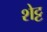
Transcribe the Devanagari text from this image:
शेट्ट